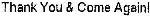
THANK YOU & COME AGAIN!